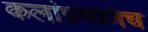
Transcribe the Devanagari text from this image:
कलांप्रमाणेच